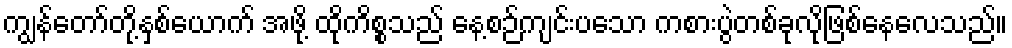
ကျွန်တော်တို့နှစ်ယောက် အဖို့ ထိုကိစ္စသည် နေ့စဉ်ကျင်းပသော ကစားပွဲတစ်ခုလိုဖြစ်နေလေသည်။